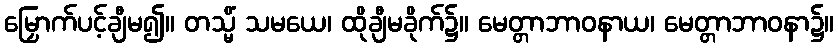
မြှောက်ပင့်ချီမ၍။ တသ္မိံ သမယေ၊ ထိုချီမခိုက်၌။ မေတ္တာဘာဝနာယ၊ မေတ္တာဘာဝနာ၌။